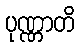
ပုဏ္ဏာတိ